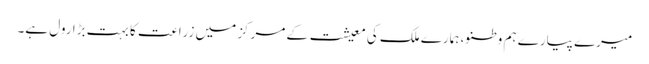
میرے پیارے ہم وطنو، ہمارے ملک کی معیشت کے مرکز میں زراعت کا بہت بڑا رول ہے۔